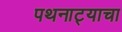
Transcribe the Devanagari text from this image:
पथनाट्याचा